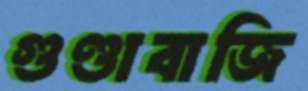
গুণ্ডাবাজি